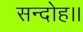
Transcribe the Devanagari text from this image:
सन्‍दोह।।